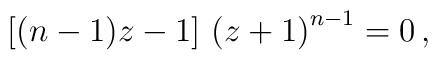
\left[(n - 1)z - 1\right]\, \left(z + 1\right)^{n - 1} =  0 \, ,